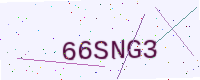
Text: 66SNG3